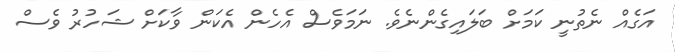
އަގެއް ނެތުނީ ކަމަށް ބަލައިގެންނެވެ. ނަމަވެސް އެހެން އެކަން ވާކަށް ޝަހުރު ވެސް